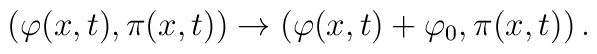
\left(\varphi(x,t),\pi(x,t)\right)  \to  \left(\varphi(x,t)+\varphi_0,\pi(x,t) \right).